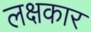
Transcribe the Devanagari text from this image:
लक्षकार